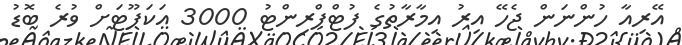
އޭރިއާ ހުންނަން ޖެހޭ އިރު އިމާރާތުގެ ފުޓްޕްރިންޓު 3000 އަކަފޫޓަށް ވުރެ ބޮޑު